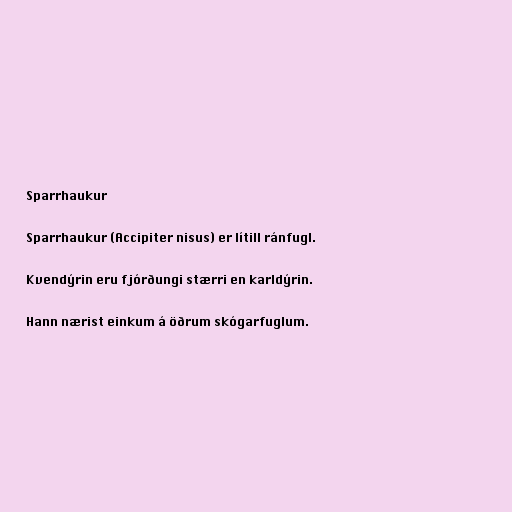
Sparrhaukur

Sparrhaukur (Accipiter nisus) er lítill ránfugl.

Kvendýrin eru fjórðungi stærri en karldýrin.

Hann nærist einkum á öðrum skógarfuglum.